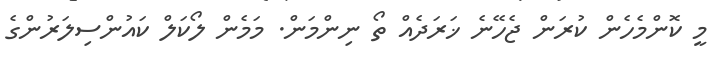
މީ ކޮންމެހެން ކުރަން ޖެހޭނެ ޚަރަދެއް ތޯ ނިންމަން. މަމެން ލޯކަލް ކައުންސިލަރުންގެ